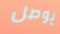
يوصل